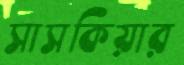
সাসকিয়ার